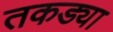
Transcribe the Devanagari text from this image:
तकड्या